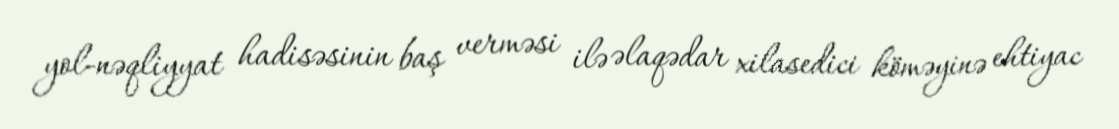
yol-nəqliyyat hadisəsinin baş verməsi ilə əlaqədar xilasedici köməyinə ehtiyac